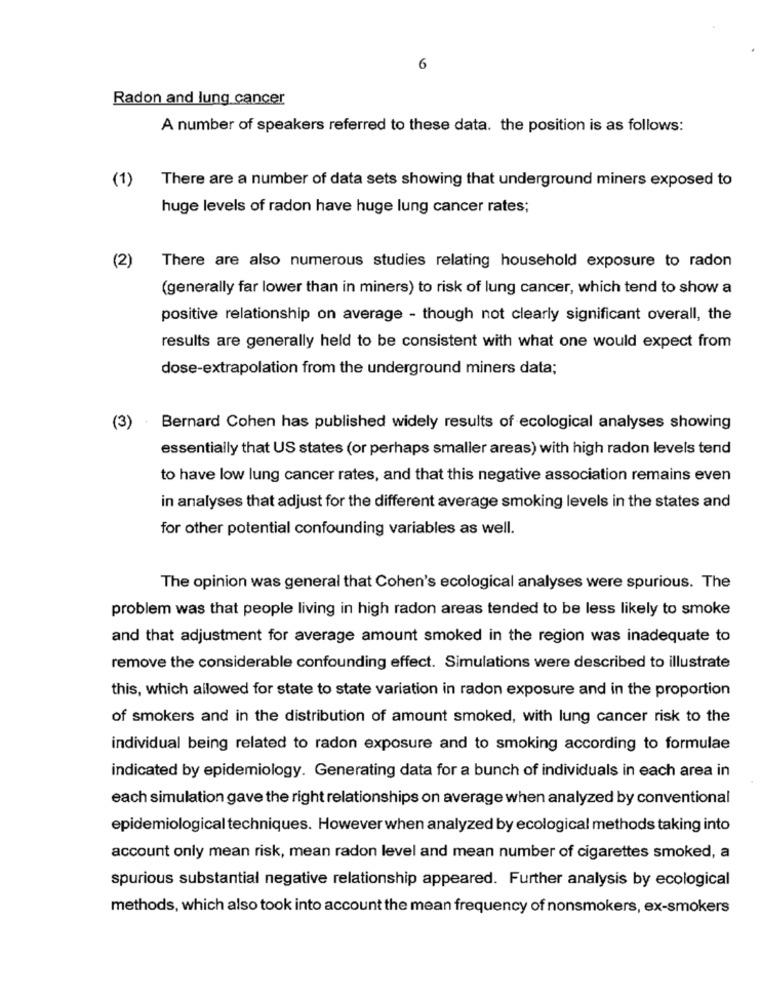
6
Radon and lung cancer
A number of speakers referred to these data. the position is as follows:
(1)
There are a number of data sets showing that underground miners exposed to
huge levels of radon have huge lung cancer rates;
(2)
There are also numerous studies relating household exposure to radon
(generally far lower than in miners) to risk of lung cancer, which tend to show a
positive relationship on average - though not clearly significant overall, the
results are generally held to be consistent with what one would expect from
dose-extrapolation from the underground miners data;
(3)
Bernard Cohen has published widely results of ecological analyses showing
essentially that US states (or perhaps smaller areas) with high radon levels tend
to have low lung cancer rates, and that this negative association remains even
in analyses that adjust for the different average smoking levels in the states and
for other potential confounding variables as well.
The opinion was general that Cohen's ecological analyses were spurious. The
problem was that people living in high radon areas tended to be less likely to smoke
and that adjustment for average amount smoked in the region was inadequate to
remove the considerable confounding effect. Simulations were described to illustrate
this, which allowed for state to state variation in radon exposure and in the proportion
of smokers and in the distribution of amount smoked, with lung cancer risk to the
individual being related to radon exposure and to smoking according to formulae
indicated by epidemiology. Generating data for a bunch of individuals in each area in
each simulation gave the right relationships on average when analyzed by conventional
epidemiological techniques. However when analyzed by ecological methods taking into
account only mean risk, mean radon level and mean number of cigarettes smoked, a
spurious substantial negative relationship appeared. Further analysis by ecological
methods, which also took into account the mean frequency of nonsmokers, ex-smokers